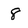
Character: 8